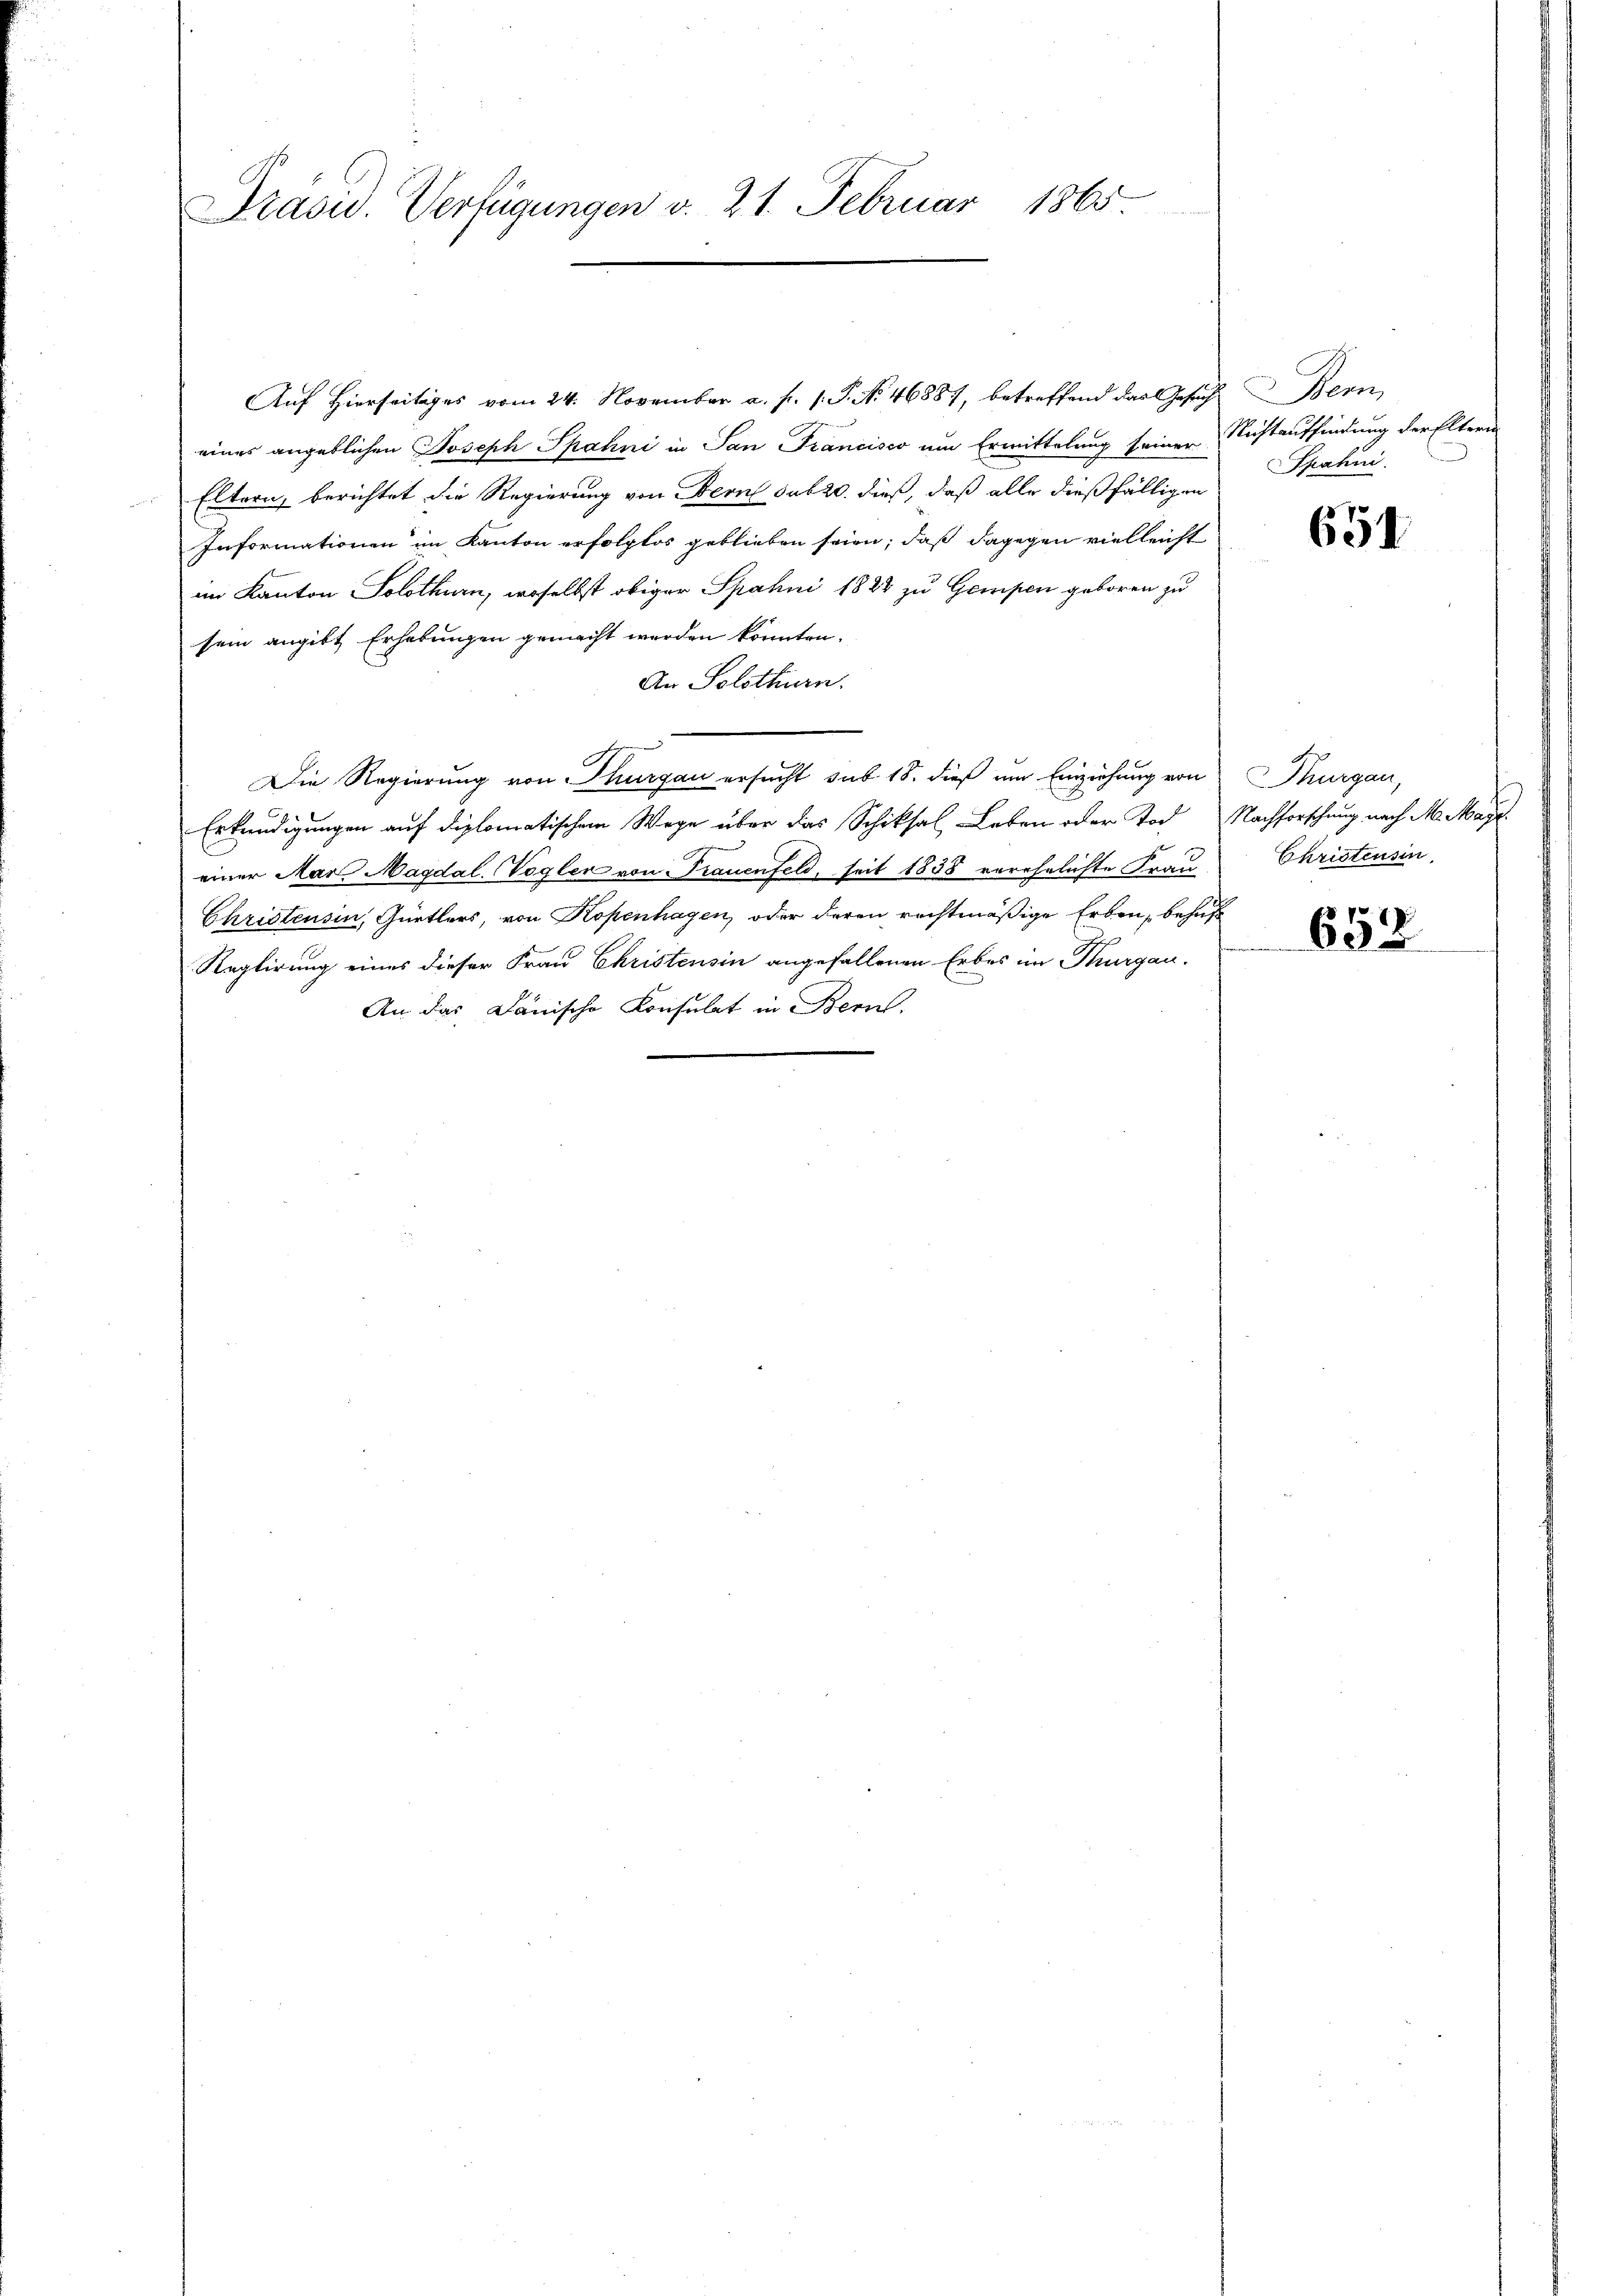
Präsid. Verfügungen v. 21. Februar 1865.

Auf Hierseitiges vom 24. November a. f. 1. P. No. 46887, betreffend das Gesuch
einer angeblichen Joseph Spahni in San Francisco um Ermittelung seiner Nichtauffindung der Eltern
Eltern, berichtet die Regierung von Bern sub 20. dieß, daß alle dießfälligen
Informationen im Kanton erfolglos geblieben seien; daß dagegen vielleicht
im Kanton Solothurn, woselbst obiger Spahni 1824 zu Gempen geboren zu
sein angibt Erhebungen gemacht werden könnten.
An Solothurn.
.
Die Regierung von Thurgau ersucht sub 18. dieß um Einziehung von
Erkundigungen auf diplomatischem Wege über das Schiksal Leben oder Tod. Nachforschung nach M. Maÿr
einer Mar. Magdal. Vogler von Trauenfeld, seit 1838 verehelichte Frau
Christensin, Gürtlers, von Kopenhagen, oder deren rechtmäßige Erben, behuf
Reglirung eines dieser Frau Christensin angefallenen Erbes im Thurgau.
An das Dänische Konsulat in Bern,

Bem
Spahin.

651

Thurgau,
Christensin

652